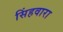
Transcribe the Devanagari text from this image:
सिंहवारा